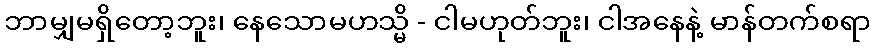
ဘာမျှမရှိတော့ဘူး၊ နေသောမဟသ္မိ - ငါမဟုတ်ဘူး၊ ငါအနေနဲ့ မာန်တက်စရာ